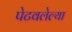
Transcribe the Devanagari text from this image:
पेटवलेल्या